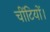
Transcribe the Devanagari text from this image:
चींटियों।